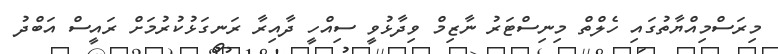
މިރަސްމިއްޔާތުގައި ހެލްތް މިނިސްޓަރު ނާޒިމް ވިދާޅުވީ ސިއްހީ ދާއިރާ ރަނގަޅުކުރުމަށް ރައީސް އަބްދު